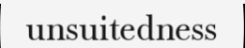
unsuitedness